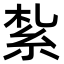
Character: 紮